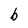
Character: b